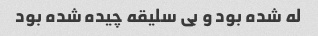
له شده بود و بی سلیقه چیده شده بود